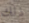
ذلك